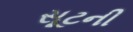
સૂટની